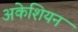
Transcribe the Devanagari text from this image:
अकेशियन